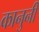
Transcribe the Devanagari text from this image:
कानुनी